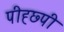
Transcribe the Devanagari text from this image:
पीह्छ्पी